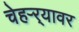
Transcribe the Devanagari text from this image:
चेहऱ्र्‍यावर